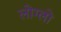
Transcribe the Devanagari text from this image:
लोग्लो